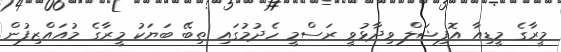
މީރާގެ މީޑިއާ އޮފިޝަލް ވިދާޅުވީ ރަސްމީ ހެދުމުގައި ތިބޭ ބަޔަކު މީރާގެ މުއައްޒިފުން